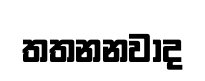
තතනනවාද